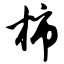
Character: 柿